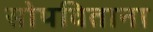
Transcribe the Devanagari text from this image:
सोपविताना